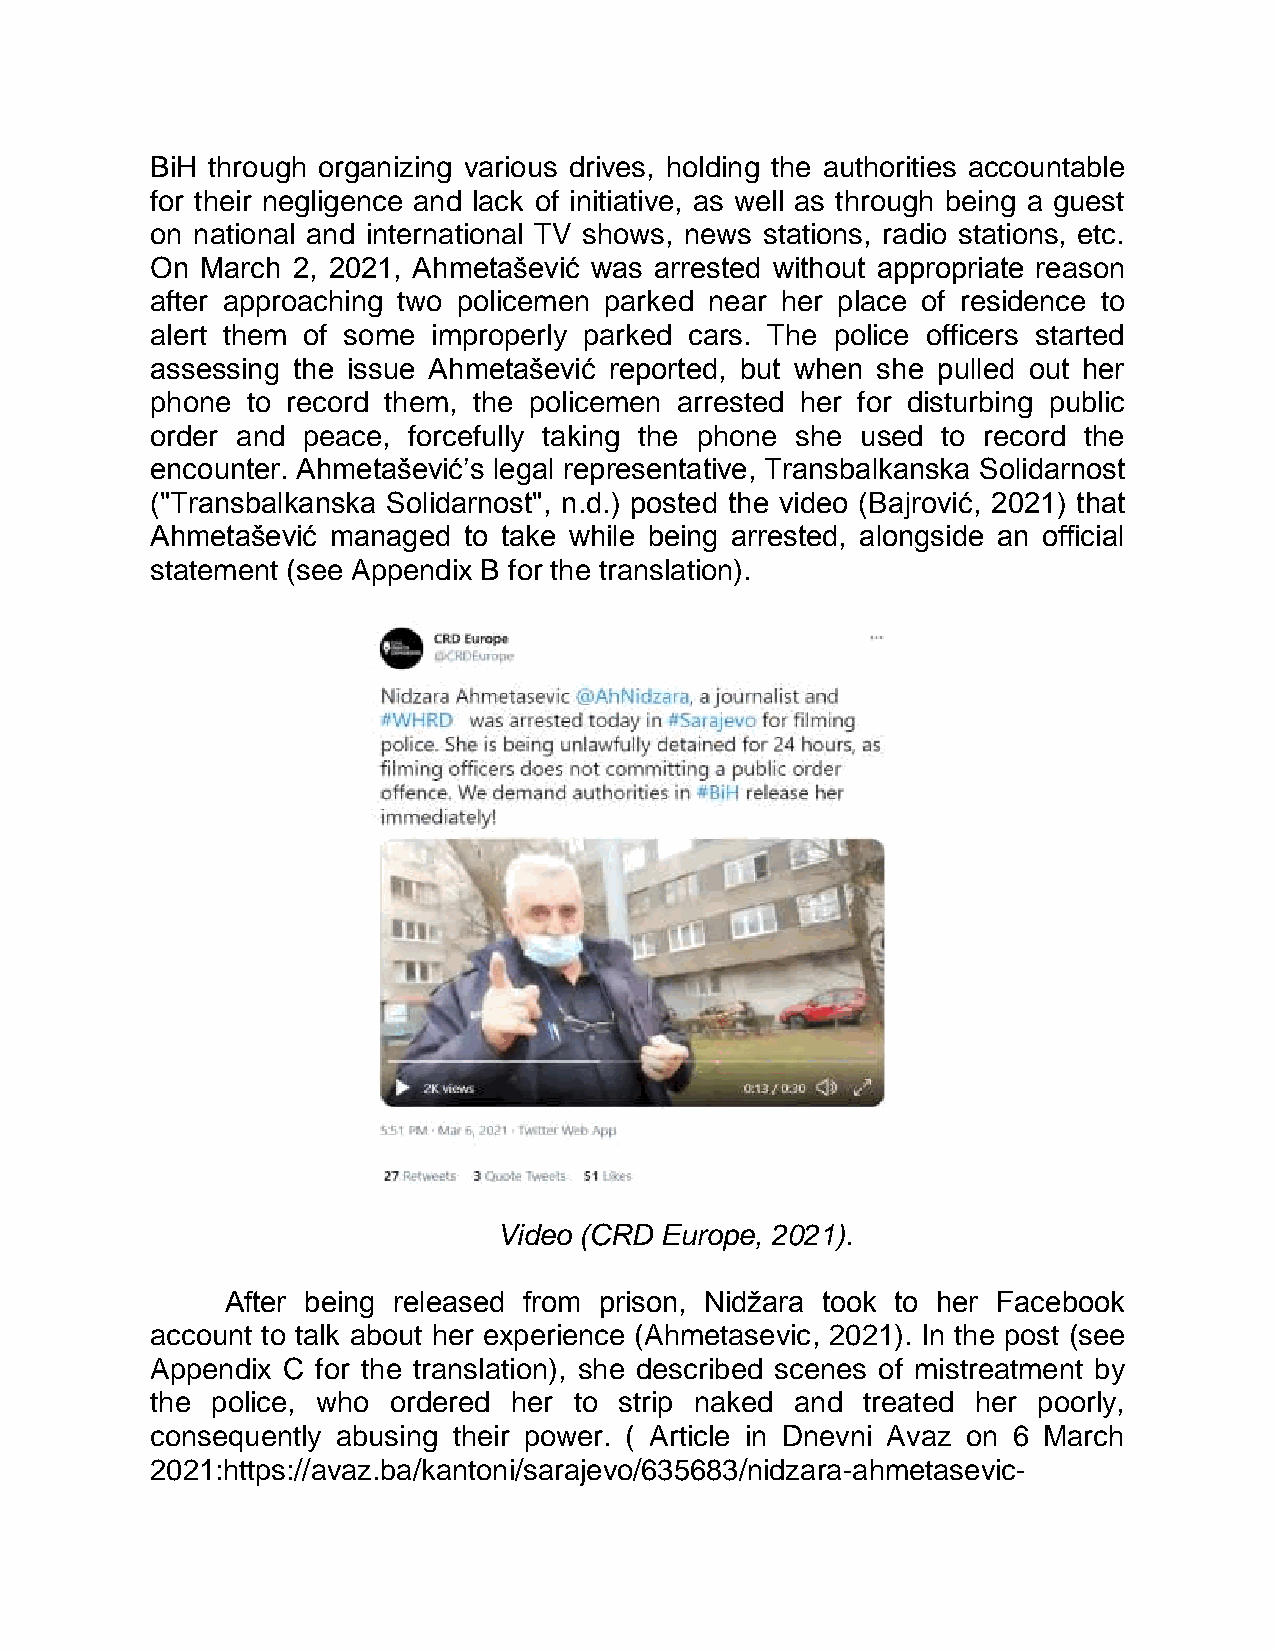
BiH through organizing various drives, holding the authorities accountable
 for their negligence and lack of initiative, as well as through being a guest
 on national and international TV shows, news stations, radio stations, etc.
 On March 2, 2021, Ahmetašević was arrested without appropriate reason
 after approaching two policemen parked near her place of residence to
 alert them of some improperly parked cars. The police officers started
 assessing the issue Ahmetašević reported, but when she pulled out her
 phone to record them, the policemen arrested her for disturbing public
 order and peace, forcefully taking the phone she used to record the
 encounter. Ahmetašević’s legal representative, Transbalkanska Solidarnost
 ("Transbalkanska Solidarnost", n.d.) posted the video (Bajrović, 2021) that
 Ahmetašević managed  to take while being arrested, alongside an official
 statement (see Appendix B for the translation).
 Video (CRD Europe, 2021).
 After being released from prison, Nidžara took to her Facebook
 account to talk about her experience (Ahmetasevic, 2021). In the post (see
 Appendix C for the translation), she described scenes of mistreatment by
 the police, who ordered her to strip naked and treated her poorly,
 consequently abusing their power. ( Article in Dnevni Avaz on 6 March
 2021:https://avaz.ba/kantoni/sarajevo/635683/nidzara-ahmetasevic-